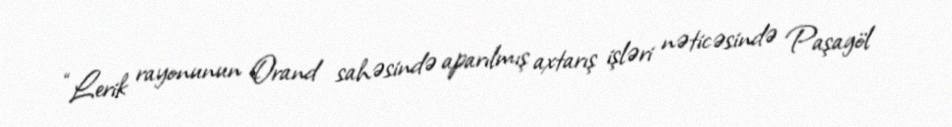
“Lerik rayonunun Orand sahəsində aparılmış axtarış işləri nəticəsində Paşagöl